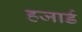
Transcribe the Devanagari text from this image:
हजार्ड